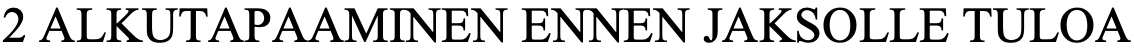
2 ALKUTAPAAMINEN ENNEN JAKSOLLE TULOA